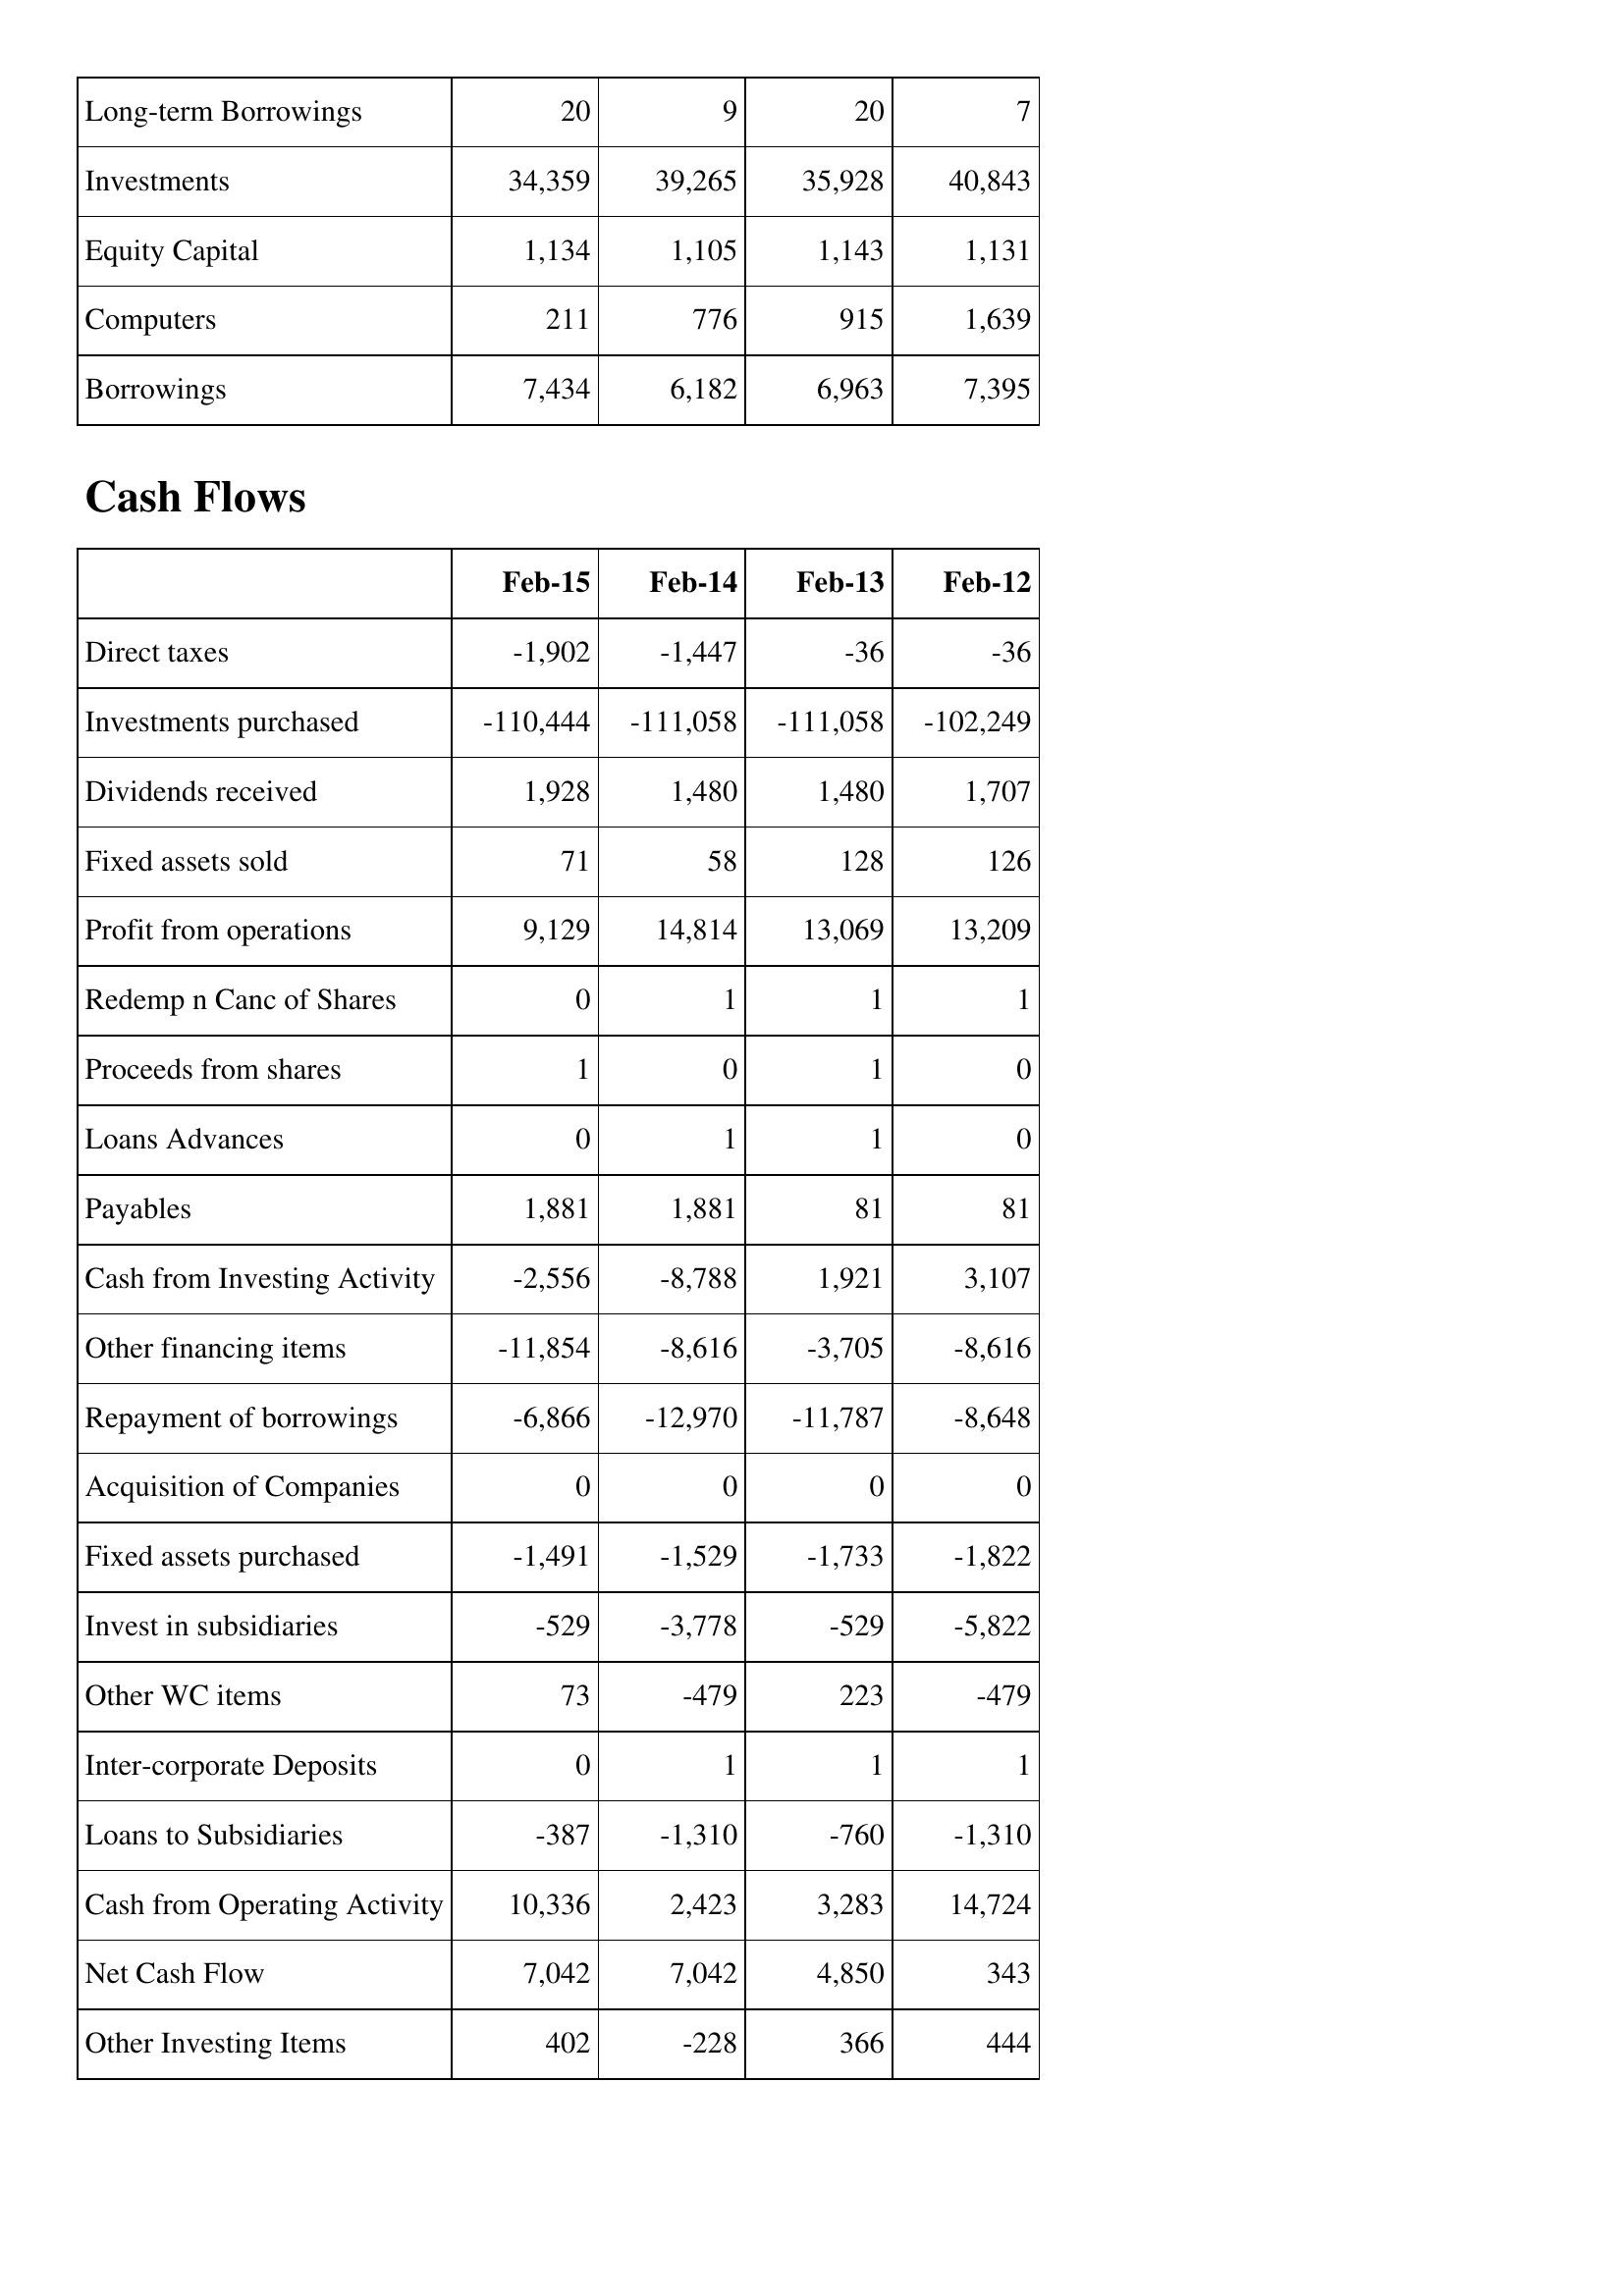
Feb-15: Balance Sheet: Long-term Borrowings: 20
Investments: 34,359
Equity Capital: 1,134
Computers: 211
Borrowings: 7,434
Cash Flows: Direct taxes: -1,902
Investments purchased: -110,444
Dividends received: 1,928
Fixed assets sold: 71
Profit from operations: 9,129
Redemp n Canc of Shares: 0
Proceeds from shares: 1
Loans Advances: 0
Payables: 1,881
Cash from Investing Activity: -2,556
Other financing items: -11,854
Repayment of borrowings: -6,866
Acquisition of Companies: 0
Fixed assets purchased: -1,491
Invest in subsidiaries: -529
Other WC items: 73
Inter-corporate Deposits: 0
Loans to Subsidiaries: -387
Cash from Operating Activity: 10,336
Net Cash Flow: 7,042
Other Investing Items: 402
Feb-14: Balance Sheet: Long-term Borrowings: 9
Investments: 39,265
Equity Capital: 1,105
Computers: 776
Borrowings: 6,182
Cash Flows: Direct taxes: -1,447
Investments purchased: -111,058
Dividends received: 1,480
Fixed assets sold: 58
Profit from operations: 14,814
Redemp n Canc of Shares: 1
Proceeds from shares: 0
Loans Advances: 1
Payables: 1,881
Cash from Investing Activity: -8,788
Other financing items: -8,616
Repayment of borrowings: -12,970
Acquisition of Companies: 0
Fixed assets purchased: -1,529
Invest in subsidiaries: -3,778
Other WC items: -479
Inter-corporate Deposits: 1
Loans to Subsidiaries: -1,310
Cash from Operating Activity: 2,423
Net Cash Flow: 7,042
Other Investing Items: -228
Feb-13: Balance Sheet: Long-term Borrowings: 20
Investments: 35,928
Equity Capital: 1,143
Computers: 915
Borrowings: 6,963
Cash Flows: Direct taxes: -36
Investments purchased: -111,058
Dividends received: 1,480
Fixed assets sold: 128
Profit from operations: 13,069
Redemp n Canc of Shares: 1
Proceeds from shares: 1
Loans Advances: 1
Payables: 81
Cash from Investing Activity: 1,921
Other financing items: -3,705
Repayment of borrowings: -11,787
Acquisition of Companies: 0
Fixed assets purchased: -1,733
Invest in subsidiaries: -529
Other WC items: 223
Inter-corporate Deposits: 1
Loans to Subsidiaries: -760
Cash from Operating Activity: 3,283
Net Cash Flow: 4,850
Other Investing Items: 366
Feb-12: Balance Sheet: Long-term Borrowings: 7
Investments: 40,843
Equity Capital: 1,131
Computers: 1,639
Borrowings: 7,395
Cash Flows: Direct taxes: -36
Investments purchased: -102,249
Dividends received: 1,707
Fixed assets sold: 126
Profit from operations: 13,209
Redemp n Canc of Shares: 1
Proceeds from shares: 0
Loans Advances: 0
Payables: 81
Cash from Investing Activity: 3,107
Other financing items: -8,616
Repayment of borrowings: -8,648
Acquisition of Companies: 0
Fixed assets purchased: -1,822
Invest in subsidiaries: -5,822
Other WC items: -479
Inter-corporate Deposits: 1
Loans to Subsidiaries: -1,310
Cash from Operating Activity: 14,724
Net Cash Flow: 343
Other Investing Items: 444